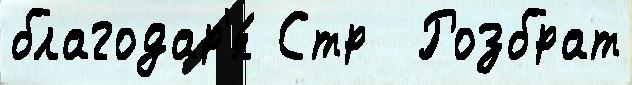
благодар'я́ Стр  Розбрат